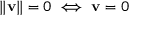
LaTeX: \| \mathbf { v } \| = 0 \iff \mathbf { v } = 0